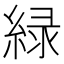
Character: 緑